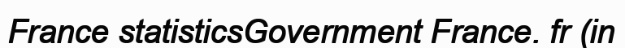
France statisticsGovernment France. fr (in